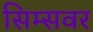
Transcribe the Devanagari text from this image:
सिम्सवर